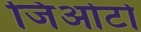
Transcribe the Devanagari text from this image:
जिओटो